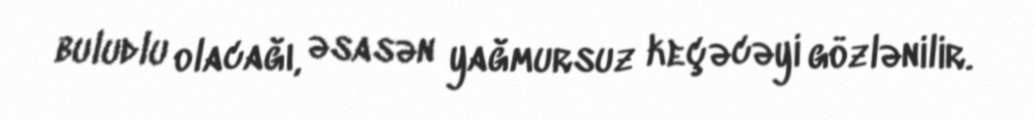
buludlu olacağı, əsasən yağmursuz keçəcəyi gözlənilir.